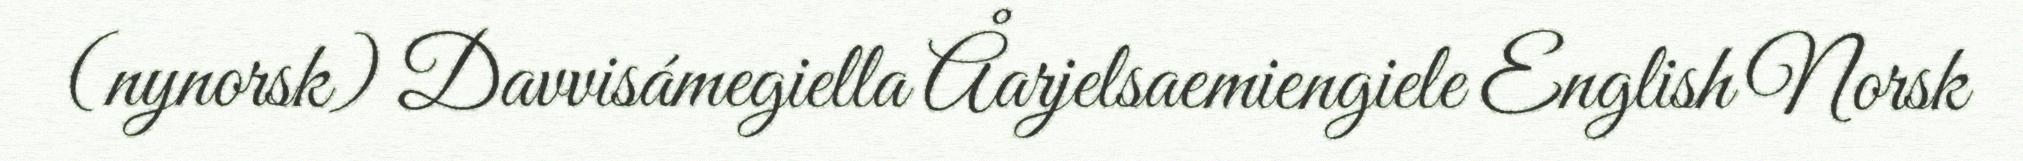
(nynorsk) Davvisámegiella Åarjelsaemiengiele English Norsk